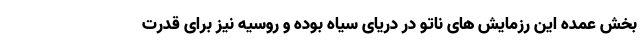
بخش عمده این رزمایش های ناتو در دریای سیاه بوده و روسیه نیز برای قدرت